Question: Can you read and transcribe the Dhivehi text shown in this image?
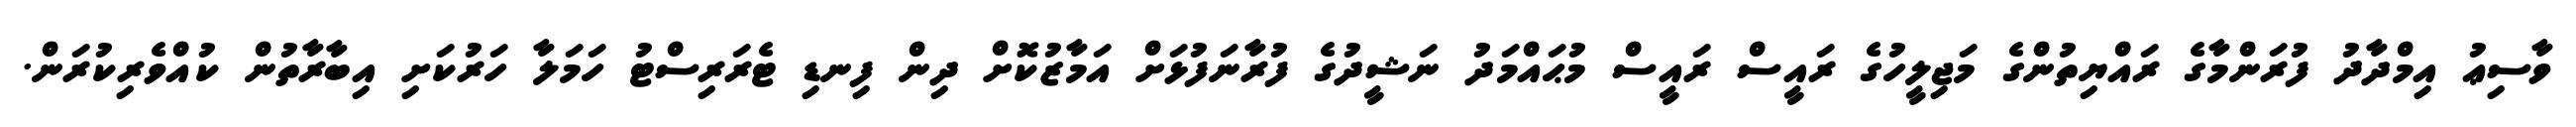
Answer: ވާސިޢު އިމްދާދު ފުރަންމާގެ ރައްޔިތުންގެ މަޖިލީހުގެ ރައީސް ރައީސް މުޙައްމަދު ނަޝީދުގެ ފުރާނަފުޅަށް އަމާޒުކޮށް ދިން ފިނޑި ޓެރަރިސްޓު ހަމަލާ ހަރުކަށި އިބާރާތުން ކުއްވެރިކުރަން.